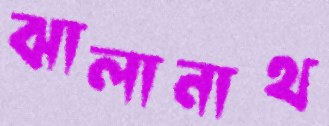
ঝালানাথ